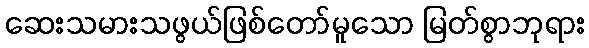
ဆေးသမားသဖွယ်ဖြစ်တော်မူသော မြတ်စွာဘုရား